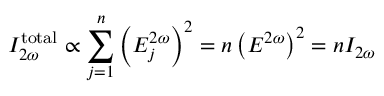
I _ { 2 \omega } ^ { \mathrm { t o t a l } } \propto \sum _ { j = 1 } ^ { n } \left( E _ { j } ^ { 2 \omega } \right) ^ { 2 } = n \left( E ^ { 2 \omega } \right) ^ { 2 } = n I _ { 2 \omega }